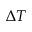
\Delta T